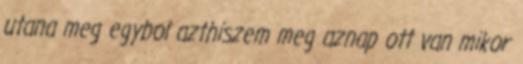
utana meg egybol azthiszem meg aznap ott van mikor